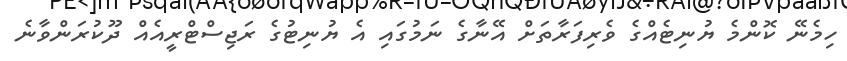
ހިމެނޭ ކޮންމެ ޔުނިޓެއްގެ ވެރިފަރާތަށް އޭނާގެ ނަމުގައި އެ ޔުނިޓުގެ ރަޖިސްޓްރީއެއް ދޫކުރަންވާނެ